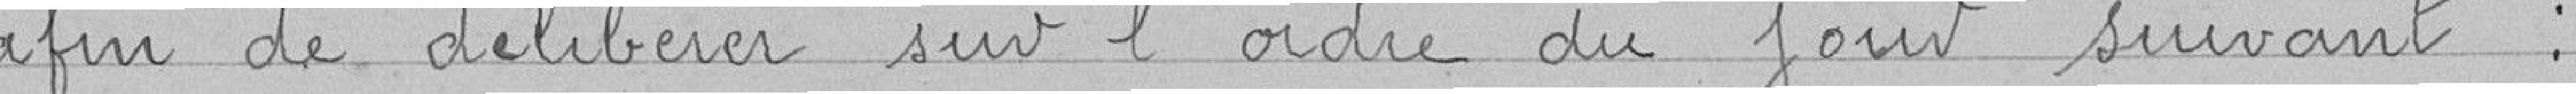
afin de délibérer sur l'ordre du jour suivant :